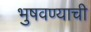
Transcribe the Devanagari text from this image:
भुषवण्याची